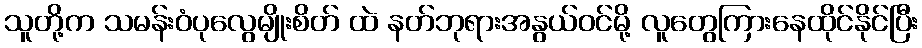
သူတို့က သမန်းဝံပုလွေမျိုးစိတ် ထဲ နတ်ဘုရားအနွယ်ဝင်မို့ လူတွေကြားနေထိုင်နိုင်ပြီး